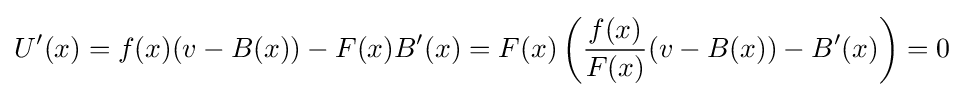
{U}'(x)=f(x)(v-B(x))-F(x){B}'(x)=F(x)\left({\frac {f(x)}{F(x)}}(v-B(x))-{B}'(x)\right)=0